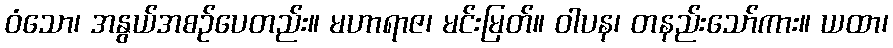
ဝံသော၊ အနွယ်အစဉ်ပေတည်း။ မဟာရာဇ၊ မင်းမြတ်။ ဝါပန၊ တနည်းသော်ကား။ ယထာ၊